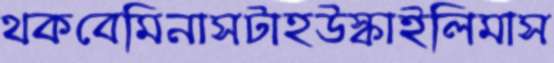
থকবেমিনাসটাহউস্‌কাইলিমাস